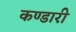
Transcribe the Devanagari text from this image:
कण्डारी